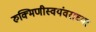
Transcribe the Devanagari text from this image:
रुक्मिणीस्वयंवराच्या